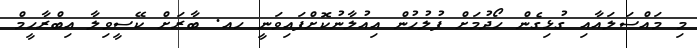
މި މައްސަލައާއި ގުޅިގެން ހޯދުމަށް ފުލުހުން އިއުލާނުކޮށްފައިވަނީ ހއ. ބާރަށް ކޭސީވިލާ އިބްރާހީމް